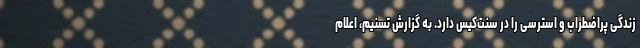
زندگی پراضطراب و استرسی را در سنت‌کیس دارد. به گزارش تسنیم، اعلام